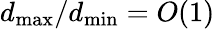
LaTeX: d_{\operatorname*{max}}/d_{\operatorname*{min}}=O(1)